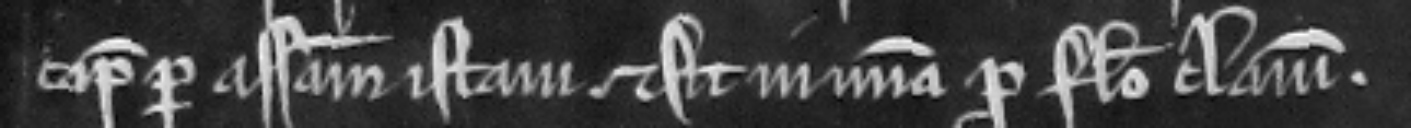
capiat per assisam istam et sit in misericordia pro falso clamore.